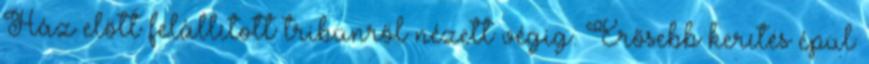
Ház előtt felállított tribünről nézett végig. Erősebb kerítés épül